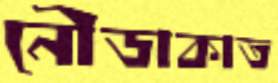
নৌডাকাত